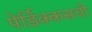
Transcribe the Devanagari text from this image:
पेर्डिक्कसची